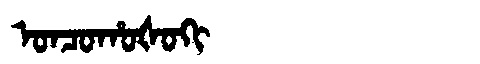
Manchu: ᠣᠨᠴᠣᡥᠣᡧᠣᡴᡳ
Romanization: ONCOHOŠOKI